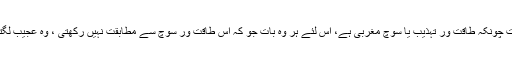
اس وقت چونکہ طاقت ور تہذیب یا سوچ مغربی ہے، اس لئے ہر وہ بات جو کہ اس طاقت ور سوچ سے مطابقت نہیں رکھتی ، وہ عجیب لگتی ہے۔